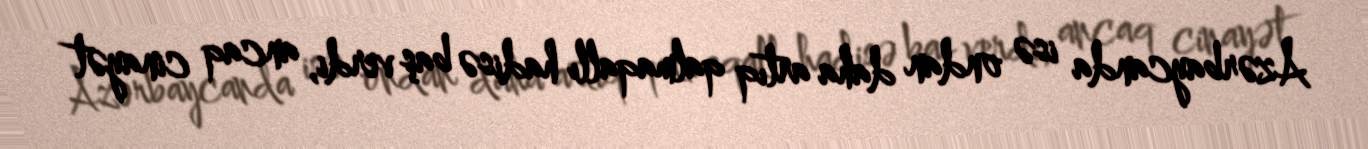
Azərbaycanda isə ondan daha artıq qalmaqallı hadisə baş verdi, ancaq cinayət